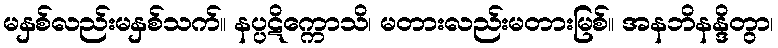
မနှစ်လည်းမနှစ်သက်။ နပ္ပဋိက္ကောသိ၊ မတားလည်းမတားမြစ်။ အနဘိနန္ဒိတွာ၊